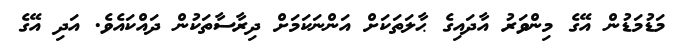
މަޑުމަޑުން އޭގެ މިންވަރު އާދައިގެ ޙާލަތަކަށް އަންނަކަމަށް ދިރާސާތަކުން ދައްކައެވެ. އަދި އޭގެ